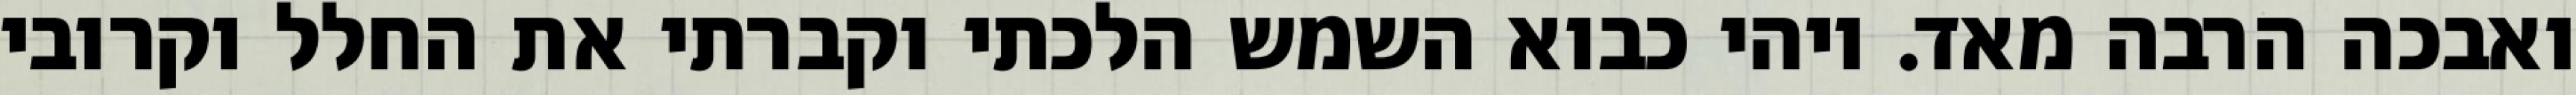
ואבכה הרבה מאד. ויהי כבוא השמש הלכתי וקברתי את החלל וקרובי